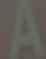
A